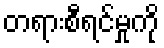
တရားစီရင်မှုကို